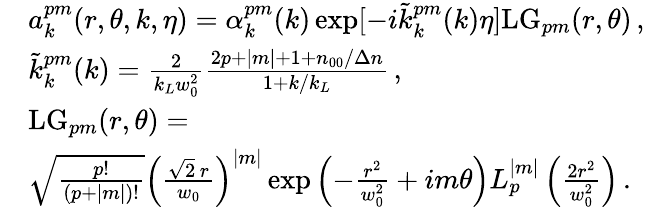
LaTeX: \begin{array}{rl}&{a_{k}^{pm}(r,\theta,k,\eta)=\alpha_{k}^{pm}(k)\exp[-i\tilde{k}_{k}^{pm}(k)\eta]\mathrm{LG}_{pm}(r,\theta)\, ,}\\ &{\tilde{k}_{k}^{pm}(k)=\frac{2}{k_{L}w_{0}^{2}}\frac{2p+|m|+1+n_{00}/\Delta n}{1+k/k_{L}}\, ,}\\ &{\mathrm{LG}_{pm}(r,\theta)=}\\ &{\sqrt{\frac{p!}{(p+|m|)!}}\left(\frac{\sqrt{2}\, r}{w_{0}}\right)^{|m|}\exp\left(-\frac{r^{2}}{w_{0}^{2}}+im\theta\right)L_{p}^{|m|}\left(\frac{2r^{2}}{w_{0}^{2}}\right)\, .}\end{array}